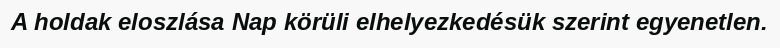
A holdak eloszlása Nap körüli elhelyezkedésük szerint egyenetlen.